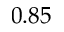
0 . 8 5